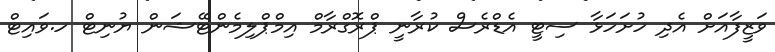
ވަޒީފާއަށް އެދި ހުށަހަޅާ ސިޓީ އެޑްރެސް ކުރާނީ ޕްރޮގްރާމް އިމްޕްލިމެންޓޭޝަން ޔުނިޓް ހ.ވައިޓް